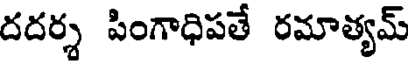
దదర్శ పింగాధిపతే రమాత్యమ్